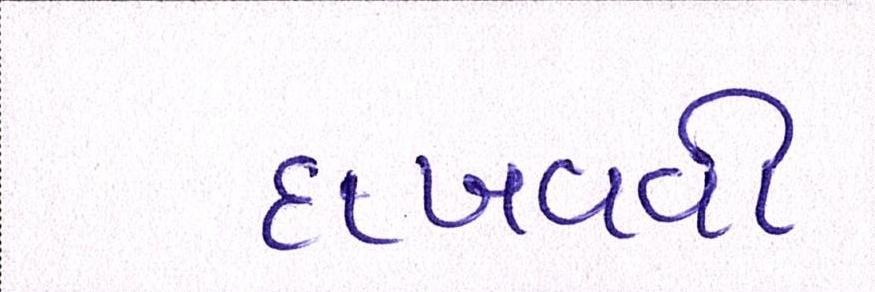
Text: દાખવવી